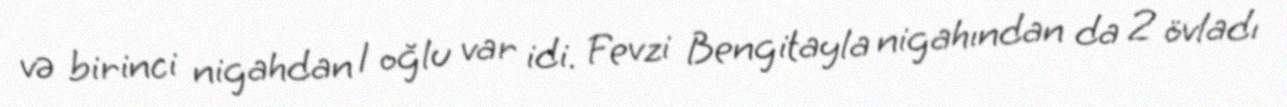
və birinci nigahdan 1 oğlu var idi. Fevzi Bengitayla nigahından da 2 övladı